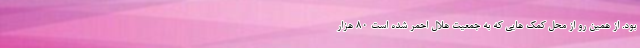
بود. از همین رو از محل کمک هایی که به جمعیت هلال احمر شده است ۸۰ هزار